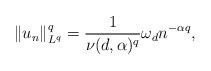
LaTeX: \begin{align*}\|u_{n}\|_{L^{q}}^{q}=\frac{1}{\nu(d,\alpha)^{q}}\omega_{d}n^{-\alpha q},\end{align*}